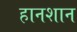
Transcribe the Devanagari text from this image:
हानशान